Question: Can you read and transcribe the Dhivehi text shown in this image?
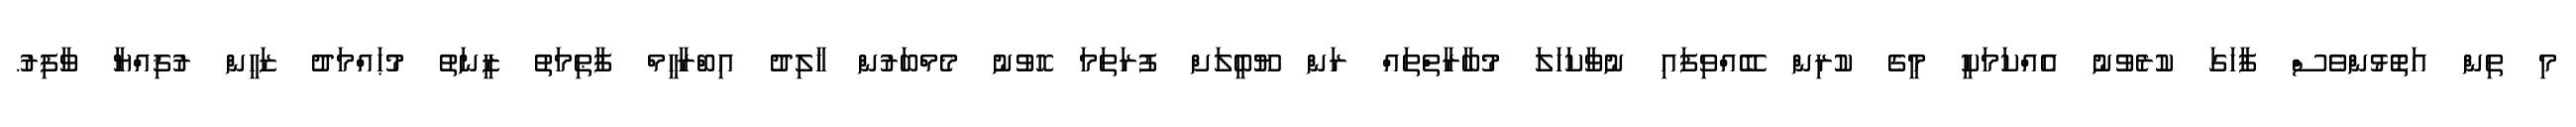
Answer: މި ތިން އަތޮޅުންވެސް ފާހަގަ ކުރެވުނު އެއްކަމަކީ މީގެ ކުރިން ބޭއްވިފައި ނުވާކަހަލަ މުބާރާތްތައް ރަން ޔޫބީލަށް ފުރަތަމަ ހޮވުނު މެމްބަރުން ޚާލިދު އިބްރާހީމް ފާޠިމަތު ޒީނަތު މުޙައްމަދު ޒަހީން ރުޤިއްޔާ ވާފިރު.